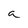
Character: a